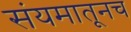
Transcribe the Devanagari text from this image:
संयमातूनच